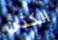
الكتان